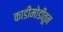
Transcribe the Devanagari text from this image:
काडीमोडीतून